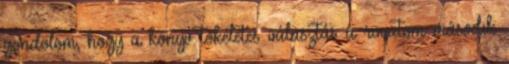
gondolom, hogy a könyv tökéletes választás a rovatom második